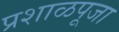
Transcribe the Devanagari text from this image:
प्रशाळपूजा